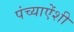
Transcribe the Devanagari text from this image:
पंच्याऐंशी